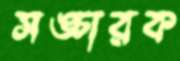
সঙ্চারক